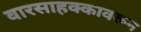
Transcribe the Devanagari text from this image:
वारसाहक्कावरून